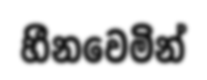
හීනවෙමින්